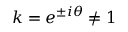
k = e ^ { \pm i \theta } \neq 1